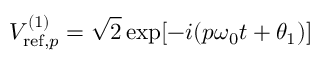
V _ { \mathrm { r e f } , p } ^ { ( 1 ) } = \sqrt { 2 } \exp [ - i ( p \omega _ { 0 } t + \theta _ { 1 } ) ]